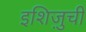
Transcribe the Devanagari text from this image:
इशिज़ुची